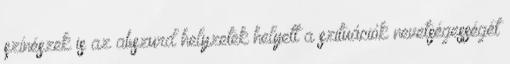
színészek is az abszurd helyzetek helyett a szituációk nevetségességét